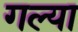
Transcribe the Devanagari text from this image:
गल्या